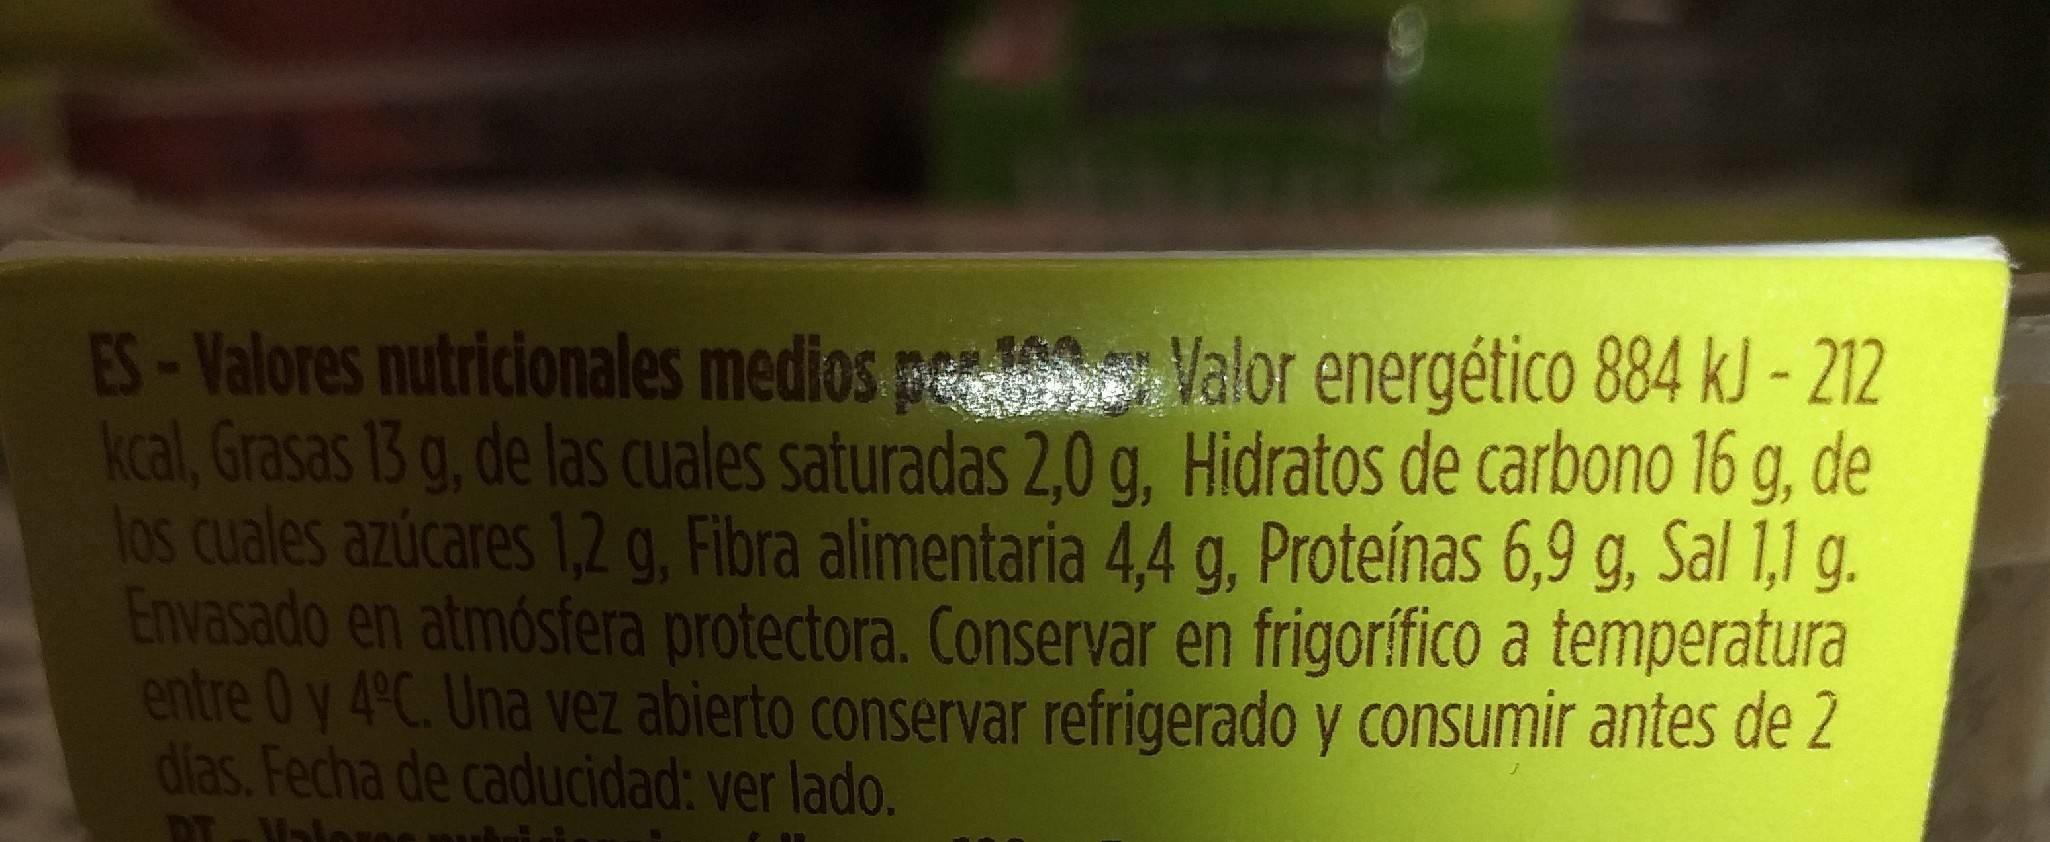
ES-Valores nutricionales medios p Valor energético 884 kJ - 212 kcal, Grasas 13 g, de las cuales saturadas 2,0 g, Hidratos de carbono 16 g, de los cuales azúcares 1,2 g, Fibra alimentaria 4,4 g, Proteínas 6,9 g, Sal 1,1 g. Envasado en atmósfera protectora. Conservar en frigorífico a temperatura entre 0 y 4°C. Una vez abierto conservar refrigerado y consumir antes de 2 dias. Fecha de caducidad: ver lado.
DT- Valoroe